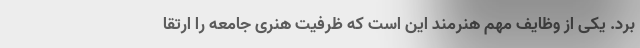
برد. یکی از وظایف مهم هنرمند این است که ظرفیت هنری جامعه را ارتقا